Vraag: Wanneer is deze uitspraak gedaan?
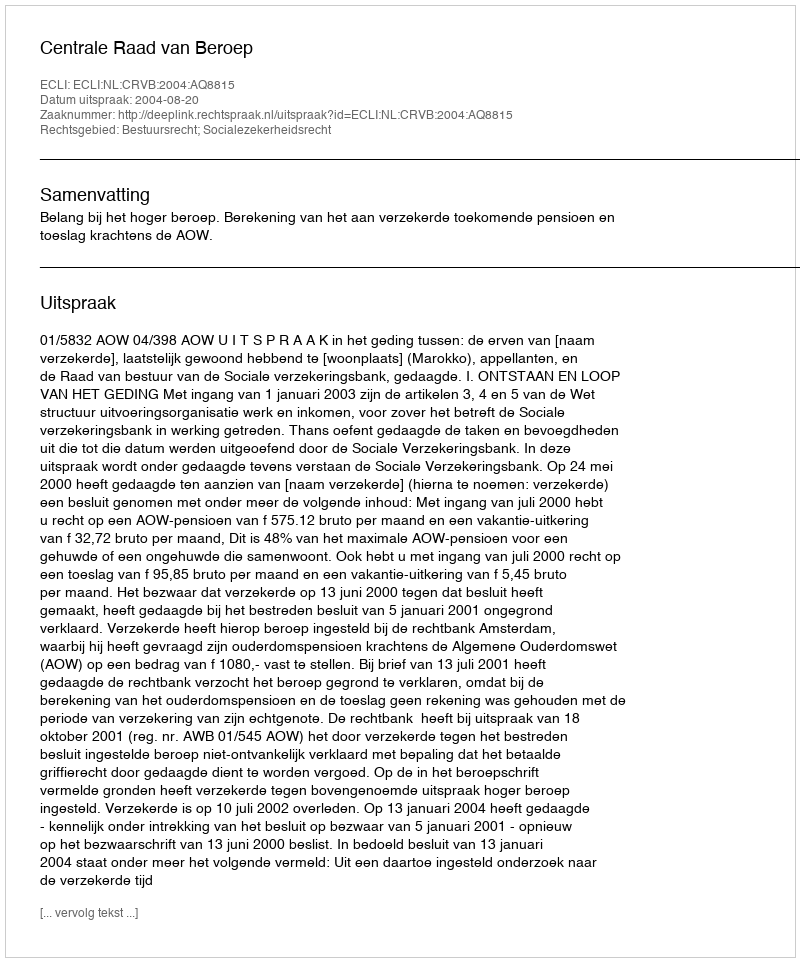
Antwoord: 2004-08-20